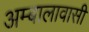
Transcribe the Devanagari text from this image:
अम्बालावासी